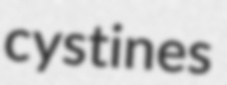
cystines